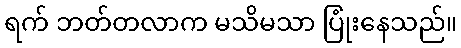
ရက် ဘတ်တလာက မသိမသာ ပြုံးနေသည်။